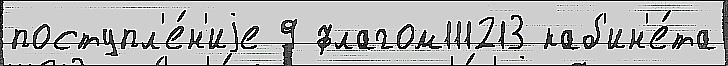
поступл'е́н'иjе 9 флагом111213 каб'ин'е́та